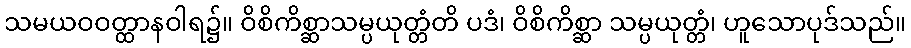
သမယဝဝတ္ထာနဝါရ၌။ ဝိစိကိစ္ဆာသမ္ပယုတ္တံတိ ပဒံ၊ ဝိစိကိစ္ဆာ သမ္ပယုတ္တံ၊ ဟူသောပုဒ်သည်။